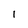
Character: i